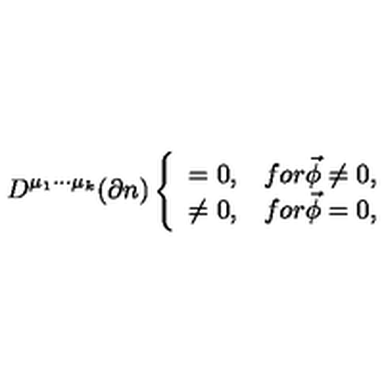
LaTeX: D ^ { \mu _ { 1 } \cdot \cdot \cdot \mu _ { k } } ( \partial n ) \left\{ \begin{array} { c c } { = 0 , } & { f o r \vec { \phi } \neq 0 , } \\ { \neq 0 , } & { f o r \vec { \phi } = 0 , } \\ \end{array} \right.